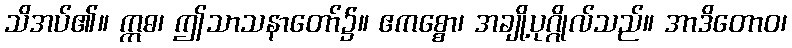
သိအပ်၏။ ဣဓ၊ ဤသာသနာတော်၌။ ဧကစ္စော၊ အချို့ပုဂ္ဂိုလ်သည်။ အာဒိတောဝ၊